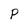
Character: P